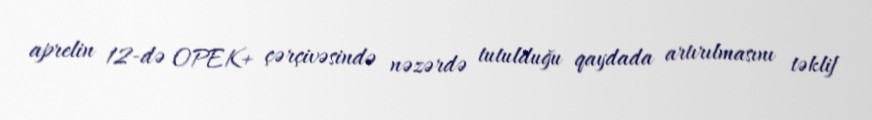
aprelin 12-də OPEK+ çərçivəsində nəzərdə tutulduğu qaydada artırılmasını təklif